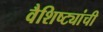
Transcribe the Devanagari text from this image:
वैशिष्ट्यांची